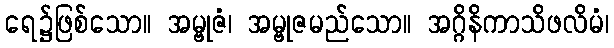
ရေ၌ဖြစ်သော။ အမ္ဗုဇံ၊ အမ္ဗုဇမည်သော။ အဂ္ဂိနိကာသိဖလိမံ၊